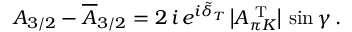
A _ { 3 / 2 } - \overline { { { A } } } _ { 3 / 2 } = 2 \, i \, e ^ { i \tilde { \delta } _ { T } } \, \bigl | A _ { \pi K } ^ { \mathrm { { \scriptsize ~ T } } } \bigr | \, \sin \gamma \, .